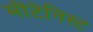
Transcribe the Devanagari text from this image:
मोंटेनिस्ट